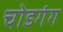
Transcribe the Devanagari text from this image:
चोडगंग